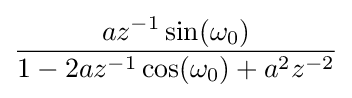
{\frac {az^{-1}\sin(\omega _{0})}{1-2az^{-1}\cos(\omega _{0})+a^{2}z^{-2}}}